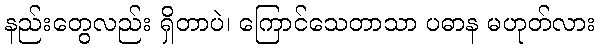
နည်းတွေလည်း ရှိတာပဲ၊ ကြောင်သေတာသာ ပဓာန မဟုတ်လား